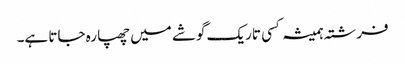
فرشتہ ہمیشہ کسی تاریک گوشے میں چھپا رہ جاتا ہے۔